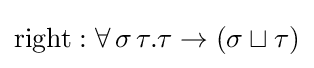
\mathrm {right} :\forall \,\sigma \,\tau .\tau \to (\sigma \sqcup \tau )